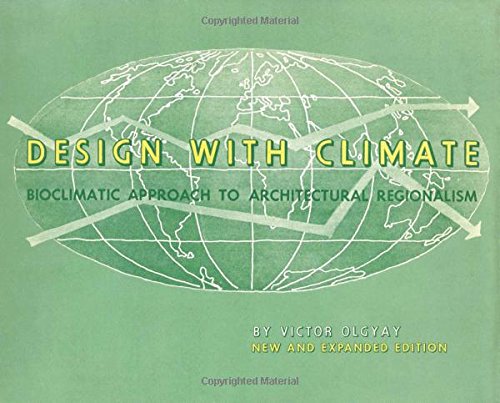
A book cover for Design with Climate: Bioclimatic Approach to Architectural Regionalism; Victor Olgyay; Arts & Photography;